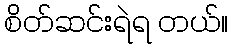
စိတ်ဆင်းရဲရ တယ်။